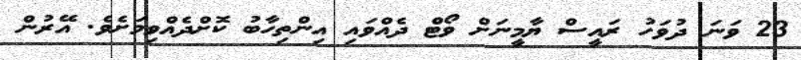
23 ވަނަ ދުވަހު ރައީސް ޔާމީނަށް ވޯޓް ދެއްވައި އިންތިހާބު ކޮށްދެއްވިމަށެވެ. އޭރުން